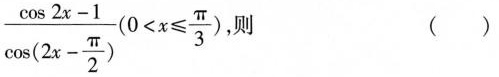
\frac { \cos 2 x -1 } { \cos ( 2 x - \frac { \pi } { 2 } ) } ( 0 < x ≤ \frac { π } { 3 } )$$ ，则 ( )